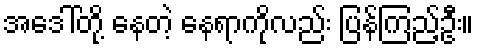
အဒေါ်တို့ နေတဲ့ နေရာကိုလည်း ပြန်ကြည့်ဦး။